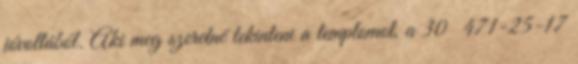
jóvoltából. Aki meg szeretné tekinteni a templomot, a 30 471-25-17